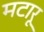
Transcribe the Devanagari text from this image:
मटारू